Problem: 7 × 5 = ?
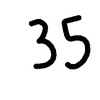
Handwritten answer: 35